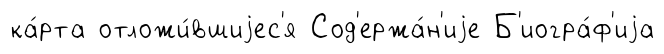
ка́рта отложи́вшиjес'я Сод'ержа́н'иjе Б'иогра́ф'иjа